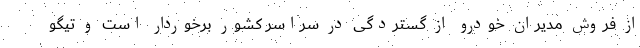
از فروش مدیران خودرو از گستردگی در سراسر کشور برخوردار است و تیگو